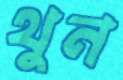
থুন